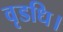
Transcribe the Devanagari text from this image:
वृडधि।